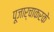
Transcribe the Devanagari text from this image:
पूजार्चाकरके